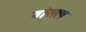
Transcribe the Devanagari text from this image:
बांसल